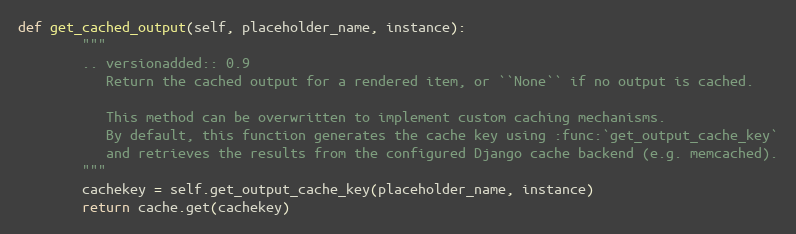
Language: Python
def get_cached_output(self, placeholder_name, instance):
        """
        .. versionadded:: 0.9
           Return the cached output for a rendered item, or ``None`` if no output is cached.

           This method can be overwritten to implement custom caching mechanisms.
           By default, this function generates the cache key using :func:`get_output_cache_key`
           and retrieves the results from the configured Django cache backend (e.g. memcached).
        """
        cachekey = self.get_output_cache_key(placeholder_name, instance)
        return cache.get(cachekey)